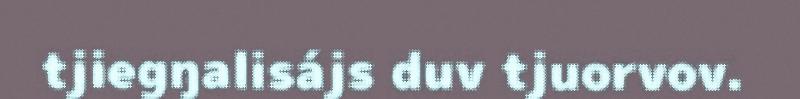
tjiegŋalisájs duv tjuorvov.